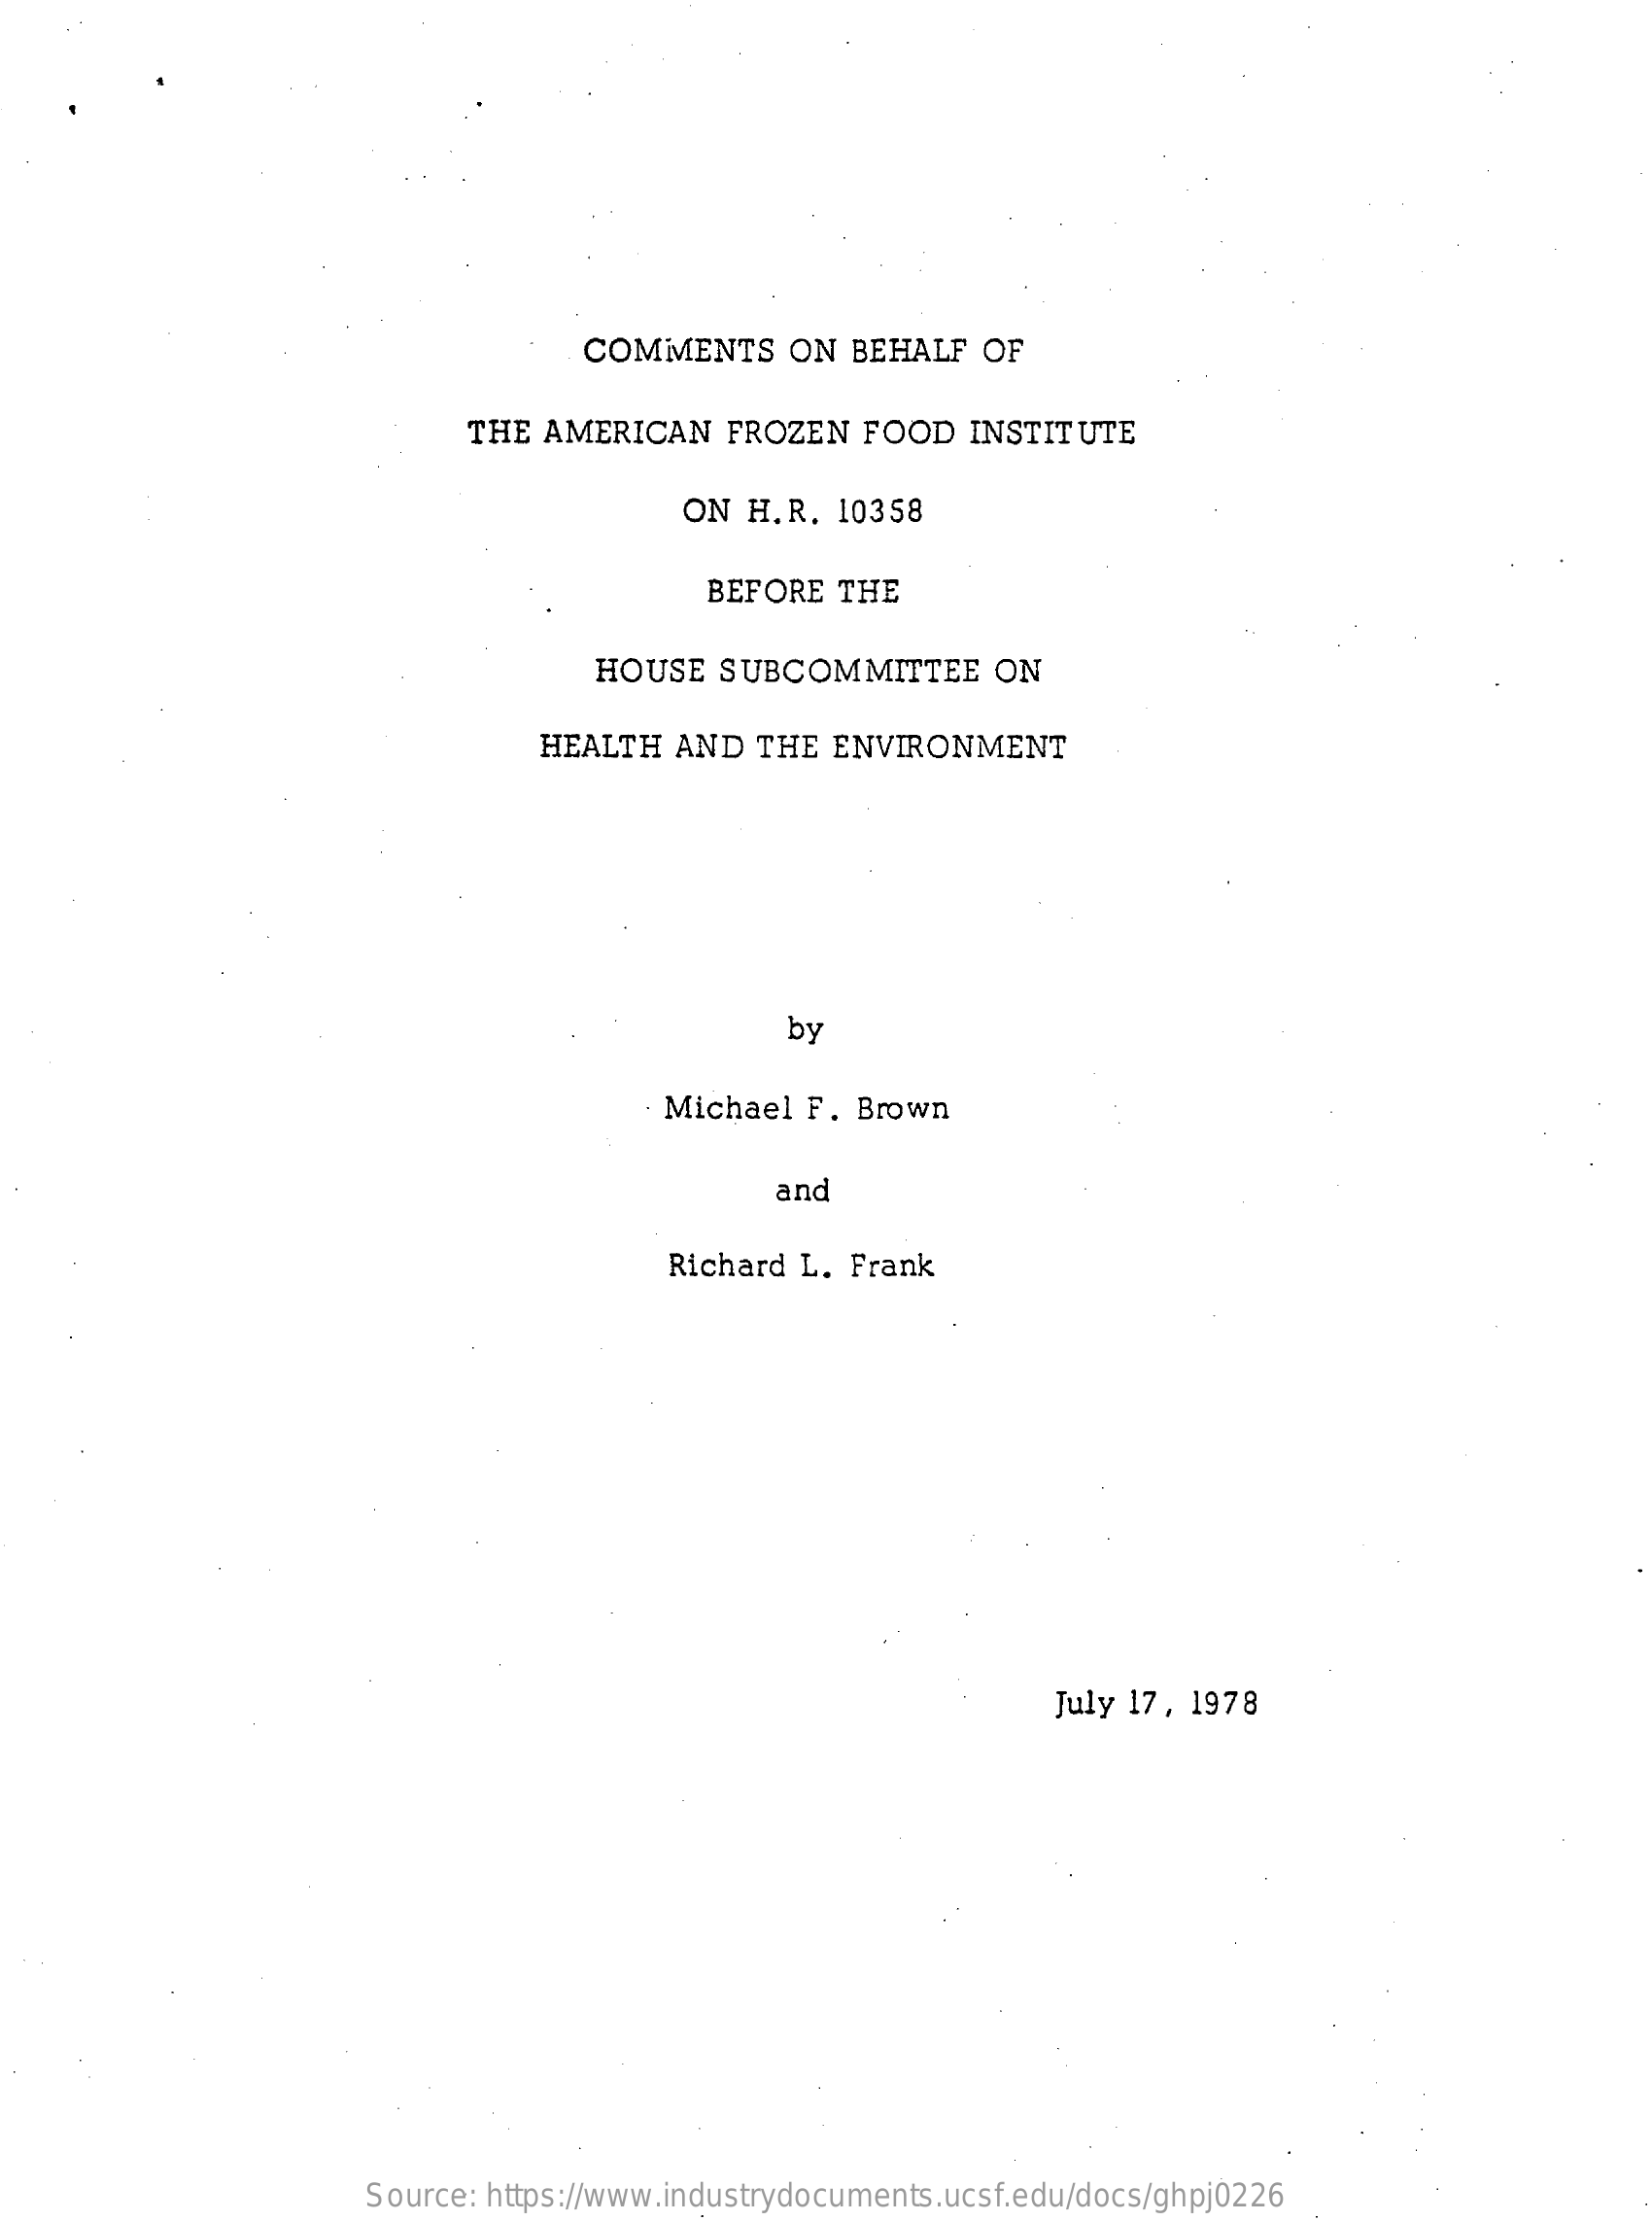
COMMENTS    ON  BEHALF  OF
     THE  AMERICAN    FROZEN  FOOD   INSTITUTE
     ON  H.R.  10358
     BEFORE  THE
     HOUSE   SUBCOMMITTEE    ON
     HEALTH  AND   THE  ENVIRONMENT
     by
     Michael  F. Brown
     and
     Richard L.  Frank
     July 17, 1978
     Source: https://www.industrydocuments.ucsf.edu/docs/ghpj0226